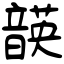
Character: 韺